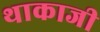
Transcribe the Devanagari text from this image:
थाकाजी